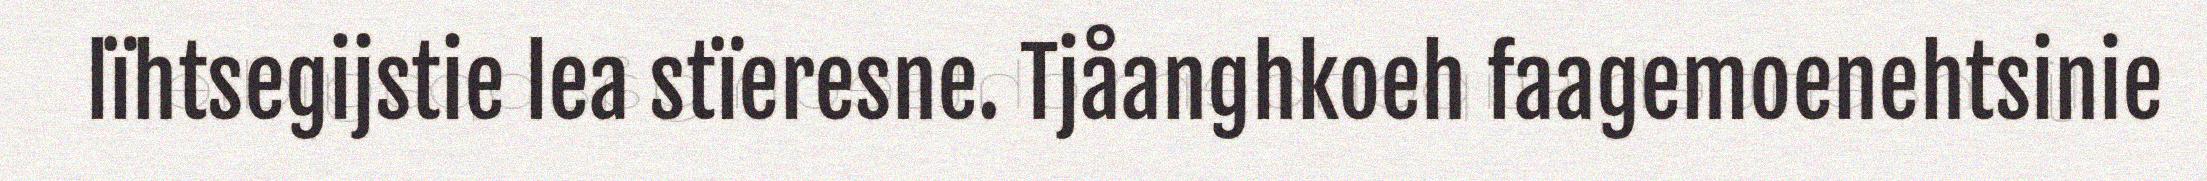
lïhtsegijstie lea stïeresne. Tjåanghkoeh faagemoenehtsinie